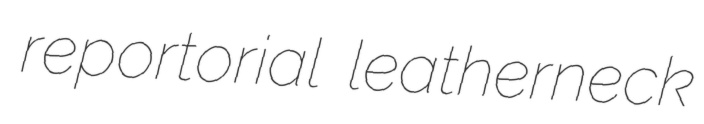
reportorial leatherneck